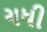
ચધી